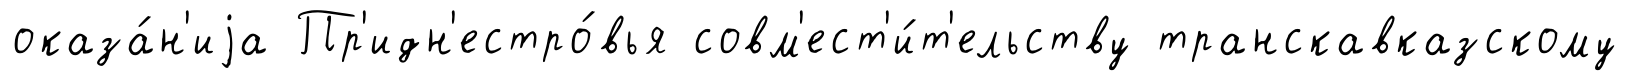
оказа́н'иjа Пр'идн'естро́вья совм'ест'и́т'ельству транскавказскому